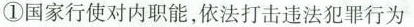
①国家行使对内职能，依法打击违法犯罪行为